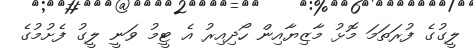
ލީގުގެ ފުރަތަމަ މޮޅު މާޒިޔާއިން ހޯދިއިރު އެ ޓީމު ވަނީ ލީގު ފެށުމުގެ